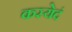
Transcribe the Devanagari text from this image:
कस्येदं